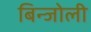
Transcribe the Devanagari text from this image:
बिन्जोली